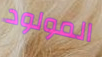
المولود